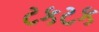
ટકટક